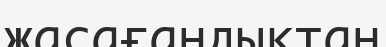
жасағандықтан